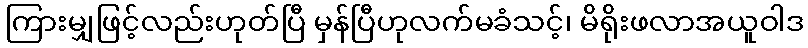
ကြားမျှဖြင့်လည်းဟုတ်ပြီ မှန်ပြီဟုလက်မခံသင့်၊ မိရိုးဖလာအယူဝါဒ